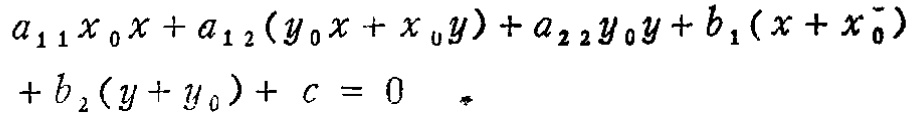
\[
a_{11}x_{0}x + a_{12}(y_{0}x + x_{0}y)+a_{22}y_{0}y + b_{1}(x + x_{0})+b_{2}(y + y_{0})+c = 0
\]